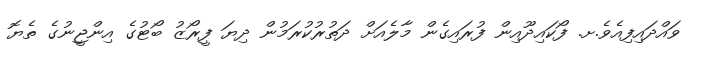
ވައްދައިފިއެވެ.ށ. ފޯކައިދޫއިން ފުރައިގެން މާލެއަށް ދަތުރުކުރަމުން ދިޔަ ފީރޯޒު ބޯޓުގެ އިންޖީނުގެ ތެޔޮ